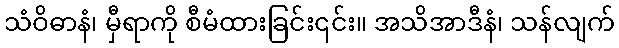
သံဝိဓာနံ၊ မှီရာကို စီမံထားခြင်း၎င်း။ အသိအာဒီနံ၊ သန်လျက်